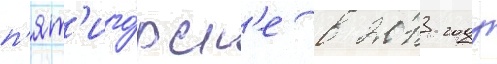
п'ят'иго́рск'е в 2013 году